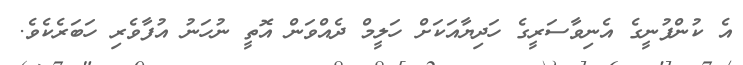
އެ ކުންފުނީގެ އެނިވާސަރީގެ ހަދިޔާއަކަށް ހަލީމް ދެއްވަން އޮތީ ނުހަނު އުފާވެރި ހަބަރެކެވެ.